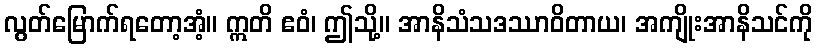
လွတ်မြောက်ရတော့အံ့။ ဣတိ ဧဝံ၊ ဤသို့။ အာနိသံသဒဿာဝိတာယ၊ အကျိုးအာနိသင်ကို